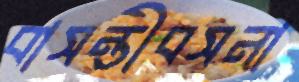
বাসন্তীবসনা